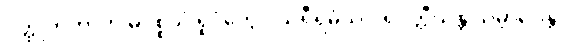
ဝတ္ထုကတာတိ မပစ္စယံ ရူပံတွေဝ သရီရမံသံ ပရိဝတ္တီယန္တိ သမ္ဘာဝေန္တိ